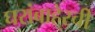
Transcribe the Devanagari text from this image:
घरांबाहेरची